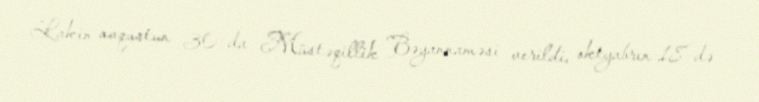
Lakin avqustun 30-da Müstəqillik Bəyannaməsi verildi, oktyabrın 18-də